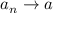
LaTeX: a _ { n } \to a